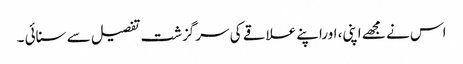
اس نے مجھے اپنی، اوراپنے علاقے کی سرگزشت تفصیل سے سنائی ۔